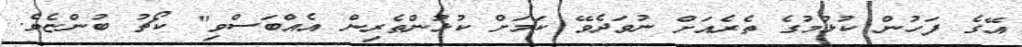
އޭގެ ފަހުން ކުޅުމުގެ ތެރެއަށް ނުވަދެވޭ ކަމަށް ކުޅުންތެރިން އެއްބަސްވި" ކޯޗު ބުންޏެވެ.